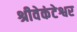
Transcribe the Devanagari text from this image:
श्रीवेकंटेश्वर